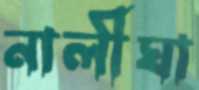
নালীঘা